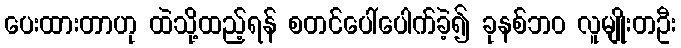
ပေးထားတာဟု ထဲသို့ထည့်ရန် စတင်ပေါ်ပေါက်ခဲ့၍ ခုနစ်ဘ၀ လူမျိုးတဦး